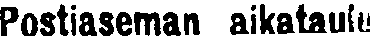
Postiaseman aikataulu